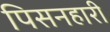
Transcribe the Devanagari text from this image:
पिसनहारी